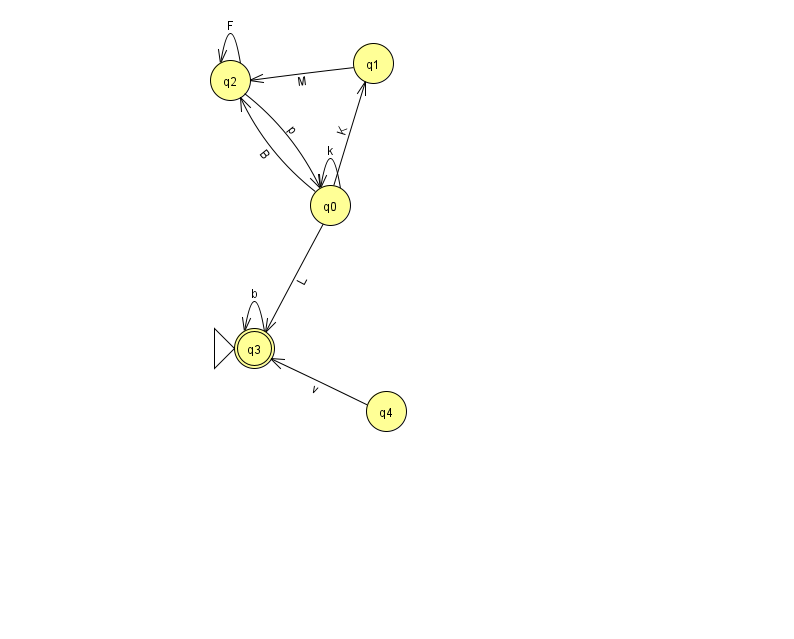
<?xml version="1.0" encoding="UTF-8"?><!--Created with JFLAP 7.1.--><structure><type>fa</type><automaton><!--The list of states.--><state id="0" name="q0"><x>330.0</x><y>192.0</y></state><state id="1" name="q1"><x>373.0</x><y>50.0</y></state><state id="2" name="q2"><x>230.0</x><y>67.0</y></state><state id="3" name="q3"><x>254.0</x><y>335.0</y><initial/><final/></state><state id="4" name="q4"><x>386.0</x><y>398.0</y></state><!--The list of transitions.--><transition><from>3</from><to>3</to><read>b</read></transition><transition><from>0</from><to>1</to><read>K</read></transition><transition><from>0</from><to>2</to><read>B</read></transition><transition><from>1</from><to>2</to><read>M</read></transition><transition><from>0</from><to>3</to><read>L</read></transition><transition><from>2</from><to>0</to><read>p</read></transition><transition><from>2</from><to>2</to><read>F</read></transition><transition><from>4</from><to>3</to><read>v</read></transition><transition><from>0</from><to>0</to><read>k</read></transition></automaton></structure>